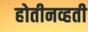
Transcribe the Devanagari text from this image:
होतीनव्हती